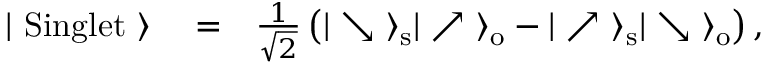
\begin{array} { r l r } { | \ \mathrm { S i n g l e t } \ \rangle } & { { } = } & { \frac { 1 } { \sqrt { 2 } } \left( | \searrow \ \rangle _ { \mathrm { s } } | \nearrow \ \rangle _ { \mathrm { o } } - | \nearrow \ \rangle _ { \mathrm { s } } | \searrow \ \rangle _ { \mathrm { o } } \right) , } \end{array}